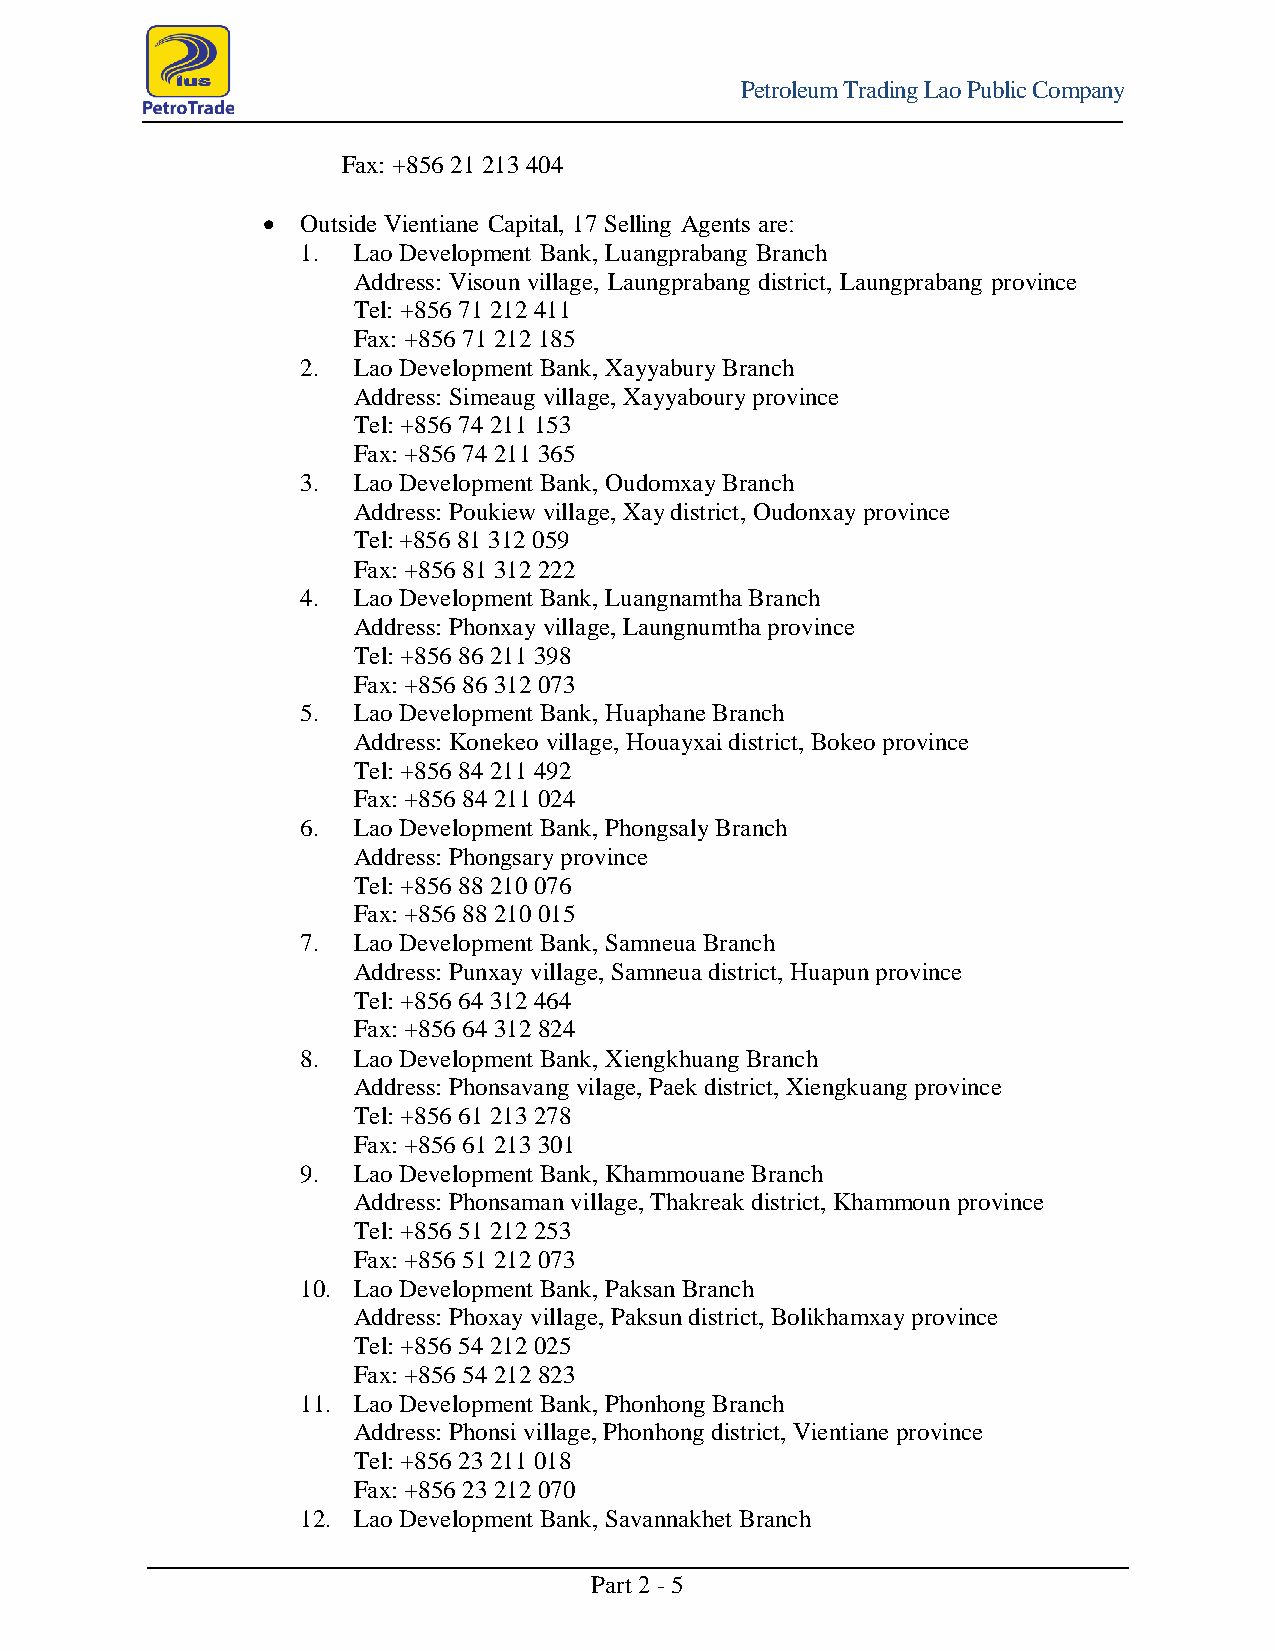
Petroleum Trading Lao Public Company
 Fax: +856 21 213 404
   Outside Vientiane Capital, 17 Selling Agents are:
 1. Lao Development Bank, Luangprabang Branch
 Address: Visoun village, Laungprabang district, Laungprabang province
 Tel: +856 71 212 411
 Fax: +856 71 212 185
 2. Lao Development Bank, Xayyabury Branch
 Address: Simeaug village, Xayyaboury province
 Tel: +856 74 211 153
 Fax: +856 74 211 365
 3. Lao Development Bank, Oudomxay Branch
 Address: Poukiew village, Xay district, Oudonxay province
 Tel: +856 81 312 059
 Fax: +856 81 312 222
 4. Lao Development Bank, Luangnamtha Branch
 Address: Phonxay village, Laungnumtha province
 Tel: +856 86 211 398
 Fax: +856 86 312 073
 5. Lao Development Bank, Huaphane Branch
 Address: Konekeo village, Houayxai district, Bokeo province
 Tel: +856 84 211 492
 Fax: +856 84 211 024
 6. Lao Development Bank, Phongsaly Branch
 Address: Phongsary province
 Tel: +856 88 210 076
 Fax: +856 88 210 015
 7. Lao Development Bank, Samneua Branch
 Address: Punxay village, Samneua district, Huapun province
 Tel: +856 64 312 464
 Fax: +856 64 312 824
 8. Lao Development Bank, Xiengkhuang Branch
 Address: Phonsavang vilage, Paek district, Xiengkuang province
 Tel: +856 61 213 278
 Fax: +856 61 213 301
 9. Lao Development Bank, Khammouane Branch
 Address: Phonsaman village, Thakreak district, Khammoun province
 Tel: +856 51 212 253
 Fax: +856 51 212 073
 10. Lao Development Bank, Paksan Branch
 Address: Phoxay village, Paksun district, Bolikhamxay province
 Tel: +856 54 212 025
 Fax: +856 54 212 823
 11. Lao Development Bank, Phonhong Branch
 Address: Phonsi village, Phonhong district, Vientiane province
 Tel: +856 23 211 018
 Fax: +856 23 212 070
 12. Lao Development Bank, Savannakhet Branch
 Part 2 - 5